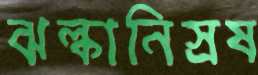
ঝল্কানিস্রষ